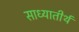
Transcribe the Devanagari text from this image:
साध्यातीर्थ